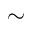
\sim